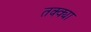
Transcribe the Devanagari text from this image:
तक्क्या